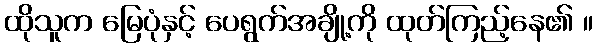
ထိုသူက မြေပုံနှင့် ပေရွက်အချို့ကို ထုတ်ကြည့်နေ၏ ။